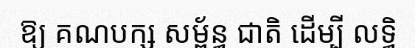
ឱ្យ គណបក្ស សម្ព័ន្ធ ជាតិ ដើម្បី លទ្ធិ